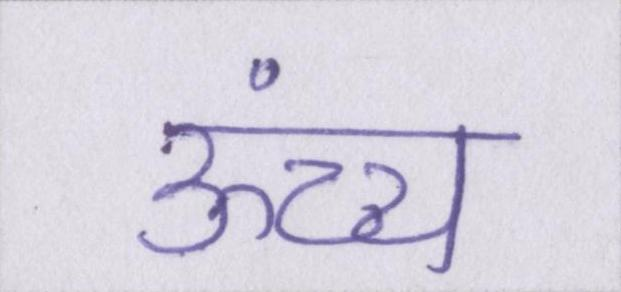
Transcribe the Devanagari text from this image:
ऊंच्च